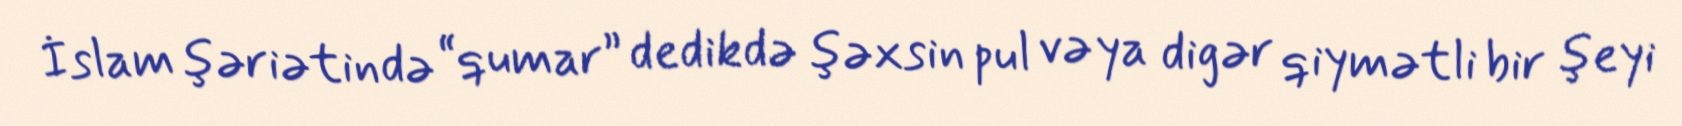
İslam şəriətində “qumar” dedikdə şəxsin pul və ya digər qiymətli bir şeyi